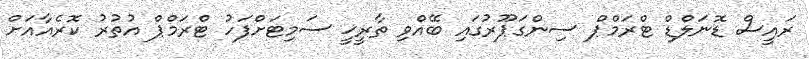
ރައީސް ޑޮނަލްޑް ޓްރަމްޕް ސިންގަޕޫރުގައި ބޭއްވި ތާރީޚީ ސަމިޓަށްފަހު ޓްރަމްޕް އުތުރު ކޮރެއާއަށް